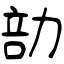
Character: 勏